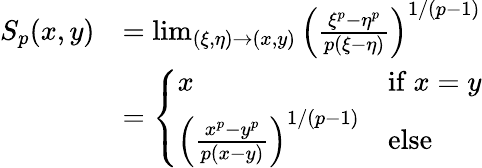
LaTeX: {\begin{array}{rl}{S_{p}(x,y)}&{=\operatorname*{lim}_{(\xi,\eta)\to(x,y)}\left({\frac{\xi^{p}-\eta^{p}}{p(\xi-\eta)}}\right)^{1/(p-1)}}\\ &{={\left\{ \begin{array}{ll}{x}&{{\mathrm{if~}}x=y}\\ {\left({\frac{x^{p}-y^{p}}{p(x-y)}}\right)^{1/(p-1)}}&{{\mathrm{else}}}\end{array}\right.}}\end{array}}